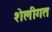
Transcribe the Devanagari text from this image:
शेलीगत